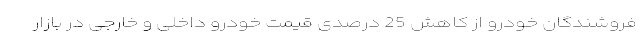
فروشندگان خودرو از کاهش 25 درصدی قیمت خودرو داخلی و خارجی در بازار